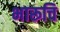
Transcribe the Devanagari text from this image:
भारूचि